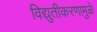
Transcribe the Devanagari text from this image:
विद्युतीकरणामुळे